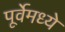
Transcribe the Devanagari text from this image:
पूर्वेमध्ये